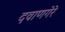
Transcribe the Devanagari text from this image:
दवाणगेरे